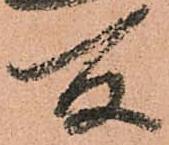
所